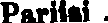
Pariisi .